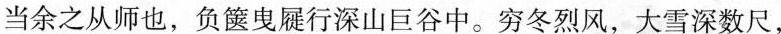
当余之从师也，负箧曳屣行深山巨谷中。穷冬烈风，大雪深数尺，